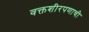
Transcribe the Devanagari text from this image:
वक्तशीरपणाची